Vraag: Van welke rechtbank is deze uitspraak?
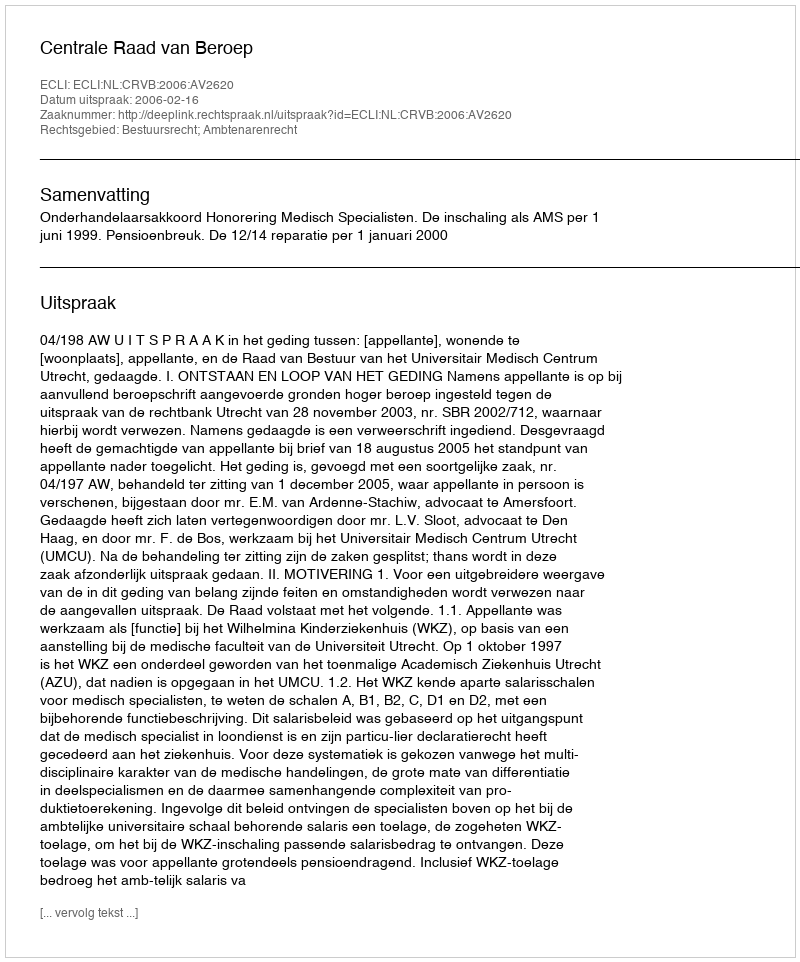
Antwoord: Centrale Raad van Beroep